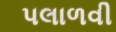
પલાળવી